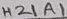
Text: H21A1